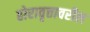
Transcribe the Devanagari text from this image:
होरावृत्तावरील